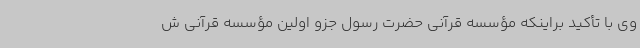
وی با تأکید براینکه مؤسسه قرآنی حضرت رسول جزو اولین مؤسسه قرآنی ش